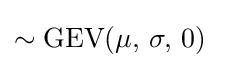
\sim {\textrm {GEV}}(\mu ,\,\sigma ,\,0)~